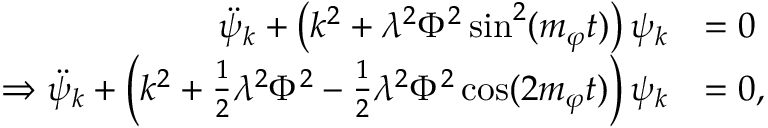
\begin{array} { r l } { \ddot { \psi } _ { k } + \left( k ^ { 2 } + \lambda ^ { 2 } \Phi ^ { 2 } \sin ^ { 2 } ( m _ { \varphi } t ) \right) \psi _ { k } } & { = 0 } \\ { \Rightarrow \ddot { \psi } _ { k } + \left( k ^ { 2 } + \frac { 1 } { 2 } \lambda ^ { 2 } \Phi ^ { 2 } - \frac { 1 } { 2 } \lambda ^ { 2 } \Phi ^ { 2 } \cos ( 2 m _ { \varphi } t ) \right) \psi _ { k } } & { = 0 , } \end{array}